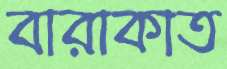
বারাকাত